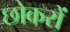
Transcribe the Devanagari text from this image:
छोकरों